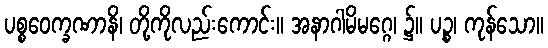
ပစ္စဝေက္ခဏာနိ၊ တို့ကိုလည်းကောင်း။ အနာဂါမိမဂ္ဂေ၊ ၌။ ပဉ္စ၊ ကုန်သော။